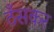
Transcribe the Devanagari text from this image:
ठँसकर